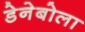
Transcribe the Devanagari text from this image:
डेनेबोला